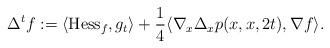
LaTeX: \begin{align*}\Delta^tf:=\langle \mathrm{Hess}_f, g_t\rangle +\frac{1}{4}\langle \nabla_x\Delta_xp(x, x, 2t), \nabla f\rangle.\end{align*}